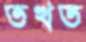
তখত